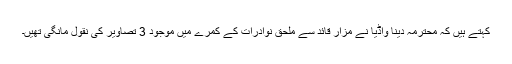
کہتے ہیں کہ محترمہ دینا واڈیا نے مزار قائد سے ملحق نوادرات کے کمرے میں موجود 3 تصاویر کی نقول مانگی تھیں۔